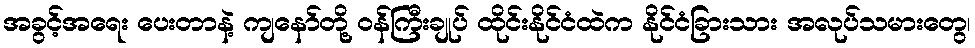
အခွင့်အရေး ပေးတာနဲ့ ကျနော်တို့ ဝန်ကြီးချုပ် ထိုင်းနိုင်ငံထဲက နိုင်ငံခြားသား အလုပ်သမားတွေ၊